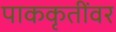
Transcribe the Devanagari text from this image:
पाककृतींवर